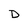
Character: D